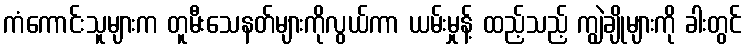
ကံကောင်းသူများက တူမီးသေနတ်များကိုလွယ်ကာ ယမ်းမှုန့် ထည့်သည့် ကျွဲချိုများကို ခါးတွင်